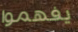
يفهموا